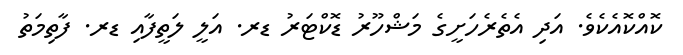
ކޮއްކޮއެކެވެ. އަދި އެތެރެހަށީގެ މަޝްހޫރު ޑޮކްޓަރު ޑރ. އަލީ ލަތީފާއި ޑރ. ފާތިމަތު